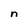
Character: n